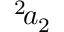
^ { 2 } \! a _ { 2 }